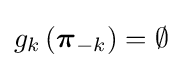
g_{k}\left({\boldsymbol {\pi }}_{-k}\right)=\emptyset